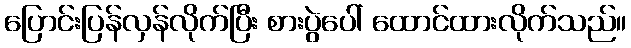
ပြောင်းပြန်လှန်လိုက်ပြီး စားပွဲပေါ် ထောင်ထားလိုက်သည်။